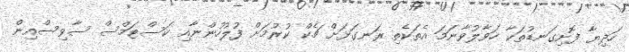
ހަދިޔާ ފޮށިގަނޑުތަކާ ހަވާލުވާނަމަ އެތަކެތި ރަނގަޅަށް ޗެކް ކުރުމަށް ފުލުހުންނާއި ކަސްޓަމްސް ސާވިސްއިން